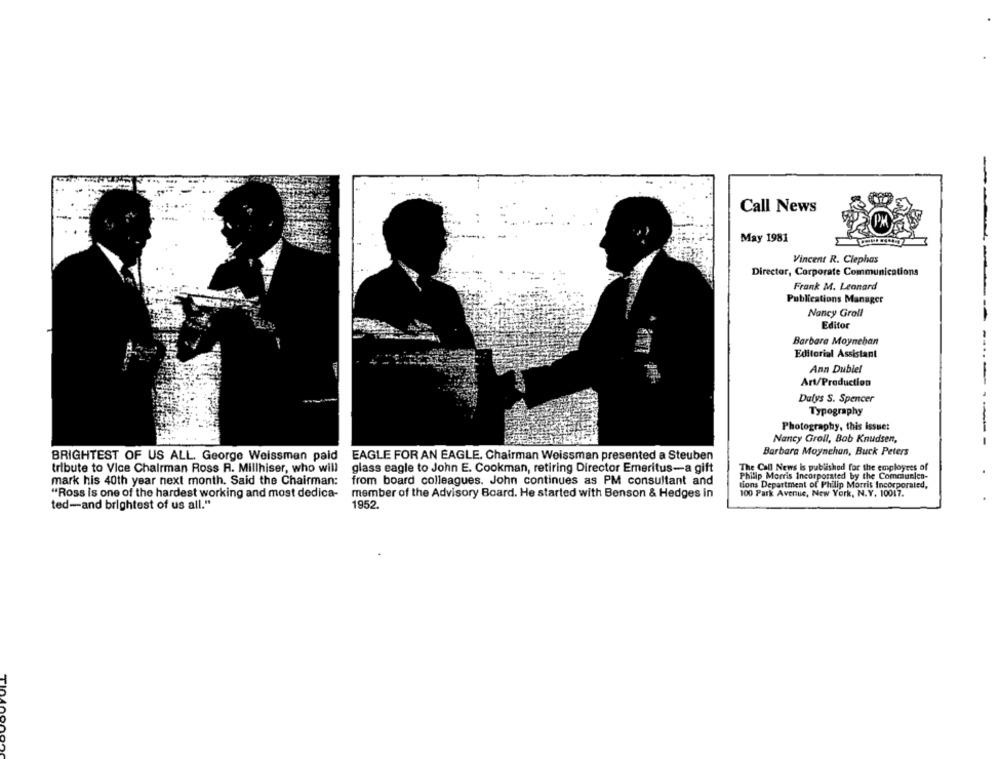
Call News
May 1981
Vincent R. Clephas
Director, Corporate Communications
Frank M. Leonard
Publications Manager
Nancy Groll
Editor
Barbara Moyneban
Editorial Assistant
Ann Dubiel
Art/Production
Dalys S. Spencer
Typography
Photography, this Issue:
Nancy Groll, Bob Knudsen,
BRIGHTEST OF US ALL. George Weissman paid
EAGLE FOR AN EAGLE. Chairman Weissman presented a Steuben
Barbara Moynehan, Buck Peters
tribute to Vice Chairman Ross R. Millhiser, who will
glass eagle to John E. Cookman, retiring Director Emeritus-a gift
The Call News is published for the employees of
Phillip Morris Incorporated by the Communica-
mark his 40th year next month. Said the Chairman:
from board colleagues. John continues as PM consultant and
tions Department of Philip Morris Incorporated,
"Ross is one of the hardest working and most dedica-
member of the Advisory Board. He started with Benson & Hedges in
100 Park Avenue, New York, N.Y. 10017.
ted-and brightest of us all."
1952.
nonon